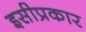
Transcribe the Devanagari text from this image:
इसीप्रकार